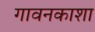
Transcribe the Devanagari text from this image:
गावनकाशा